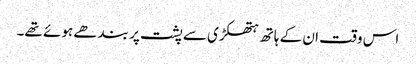
اس وقت ان کے ہاتھ ہتھکڑی سے پشت پر بندھے ہوئے تھے۔